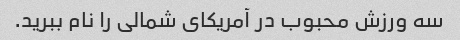
سه ورزش محبوب در آمریکای شمالی را نام ببرید.